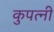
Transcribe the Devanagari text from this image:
कुपत्नी